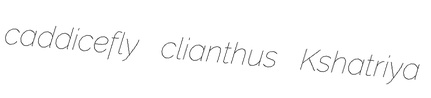
caddicefly clianthus Kshatriya